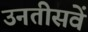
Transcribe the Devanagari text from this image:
उनतीसवें